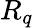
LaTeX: R_{q}